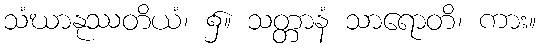
သံဃာနုဿတိယံ၊ ၌။ သတ္တာနံ သာရောတိ၊ ကား။